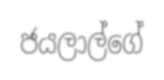
ජයලාල්ගේ